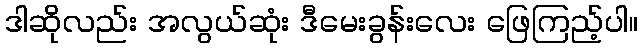
ဒါဆိုလည်း အလွယ်ဆုံး ဒီမေးခွန်းလေး ဖြေကြည့်ပါ။